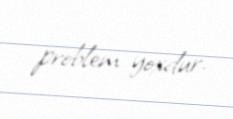
problem yoxdur.